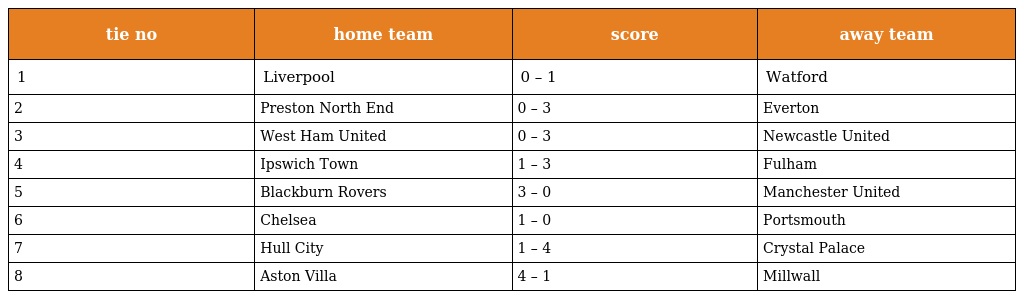
| tie no | home team | score | away team |
 | --- | --- | --- | --- |
 | 1 | Liverpool | 0 – 1 | Watford |
 | 2 | Preston North End | 0 – 3 | Everton |
 | 3 | West Ham United | 0 – 3 | Newcastle United |
 | 4 | Ipswich Town | 1 – 3 | Fulham |
 | 5 | Blackburn Rovers | 3 – 0 | Manchester United |
 | 6 | Chelsea | 1 – 0 | Portsmouth |
 | 7 | Hull City | 1 – 4 | Crystal Palace |
 | 8 | Aston Villa | 4 – 1 | Millwall |